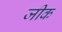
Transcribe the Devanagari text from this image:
जीक